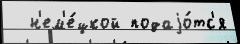
  н'ем'е́цкой подаjо́тс'я